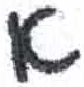
אות: א